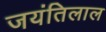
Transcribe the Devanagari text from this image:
जयंतिलाल